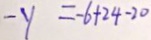
- y = - 6 + 2 4 - 2 0